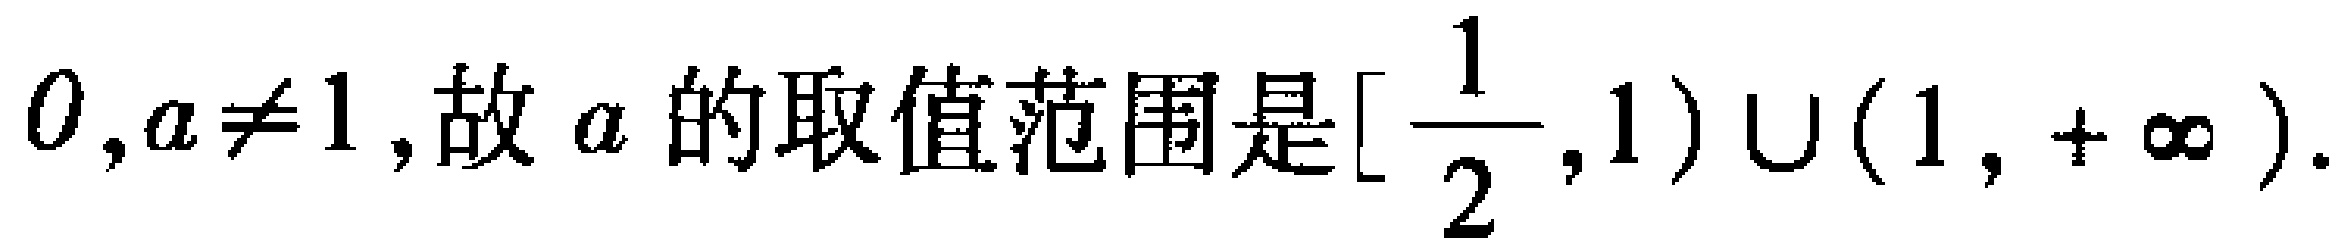
$0,a\neq1,故\ a\ 的取值范围是[\dfrac{1}{2},1)\cup(1,+\infty).$